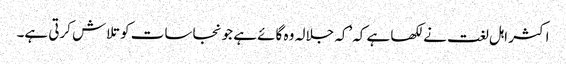
اکثر اہل لغت نے لکھا ہے کہ’کہ جلالہ وہ گائے ہے جو نجاسات کو تلاش کرتی ہے۔